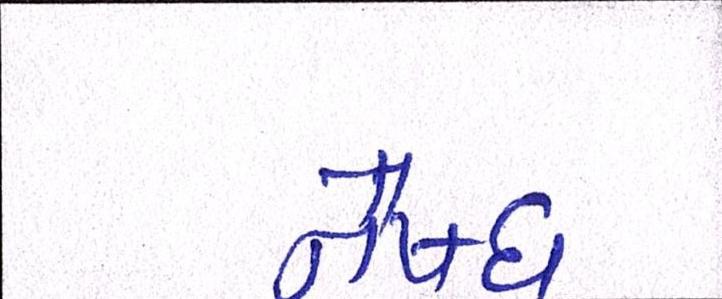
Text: નૈષધ